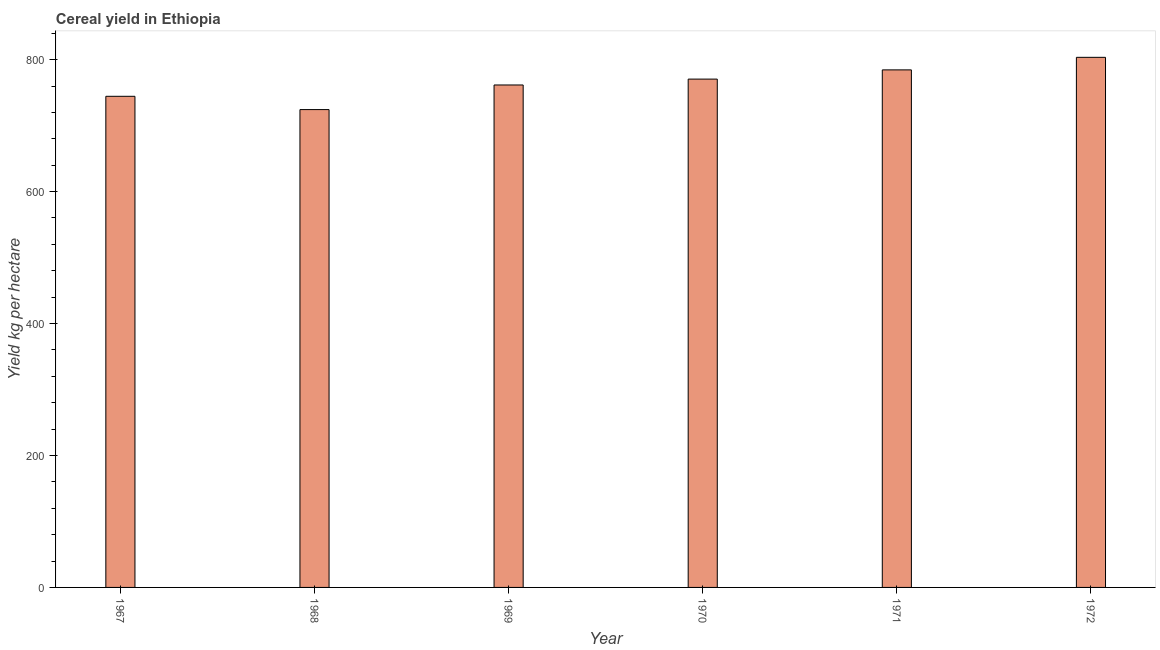
| Year | Cereal yield |
 | --- | --- |
 | 1967 | 744 |
 | 1968 | 724 |
 | 1969 | 762 |
 | 1970 | 771 |
 | 1971 | 785 |
 | 1972 | 804 |